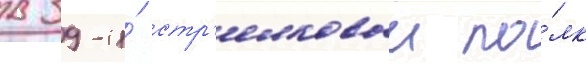
в 39-и́ стр'елковыи по́лк